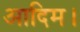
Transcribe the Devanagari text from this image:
आदिम।